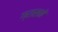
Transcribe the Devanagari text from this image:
ग्रासने